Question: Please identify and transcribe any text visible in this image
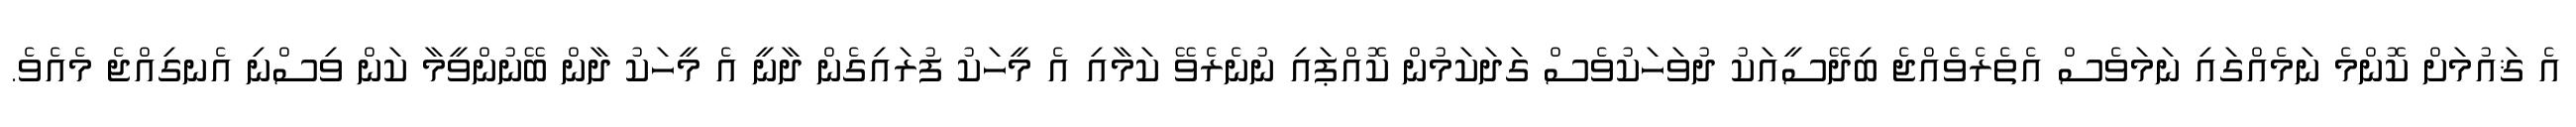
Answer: އެ ޤައުމަށް ކޮންމެ ނަމެއްގައި ނަމަވެސް އެތެރެވެއްޖެ ބިދޭސީއަކު ދުވަހަކުވެސް ގަދަކަމުން ކޮއްޕައި ނުނެރެވޭ ކަމާއި އެ މީހަކު ފުރައިގެން ދާނީ އެ މީހަކު ދާން ބޭނުންވީމާ ކަން ވިސްނި އެނގިއްޖެ މެއެވެ.